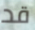
قد